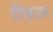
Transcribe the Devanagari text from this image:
रीऐकशन